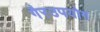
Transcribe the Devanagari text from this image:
गैरउपयोग